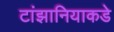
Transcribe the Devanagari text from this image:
टांझानियाकडे